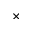
\times